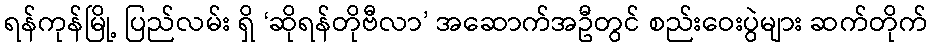
ရန်ကုန်မြို့ ပြည်လမ်း ရှိ ‘ဆိုရန်တိုဗီလာ’ အဆောက်အဦတွင် စည်းဝေးပွဲများ ဆက်တိုက်